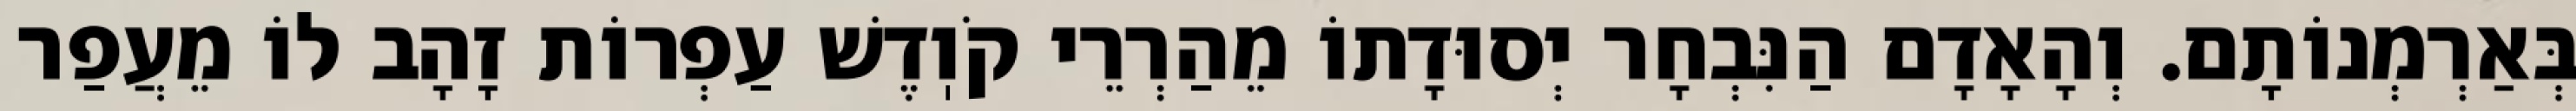
בְּאַרְמְנוֹתָם. וְהָאָדָם הַנִּבְחָר יְסוּדָתוֹ מֵהַרְרֵי קֹוֽדֶשׁ עַפְרוֹת זָהָב לוֹ מֵעֲפַר